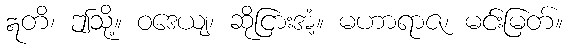
ဣတိ၊ ဤသို့။ ဝဒေယျ၊ ဆိုငြားအံ့။ မဟာရာဇ၊ မင်းမြတ်။